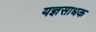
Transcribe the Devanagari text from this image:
यज्ञसाधक